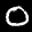
Label: 0